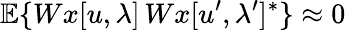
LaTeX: {\mathbb E}\{ Wx[u,\lambda]\, Wx[u^{\prime},\lambda^{\prime}]^{*}\} \approx 0